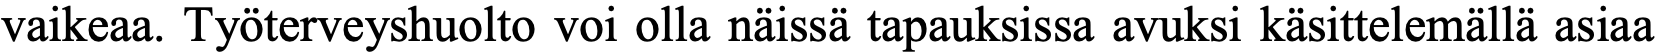
vaikeaa. Työterveyshuolto voi olla näissä tapauksissa avuksi käsittelemällä asiaa